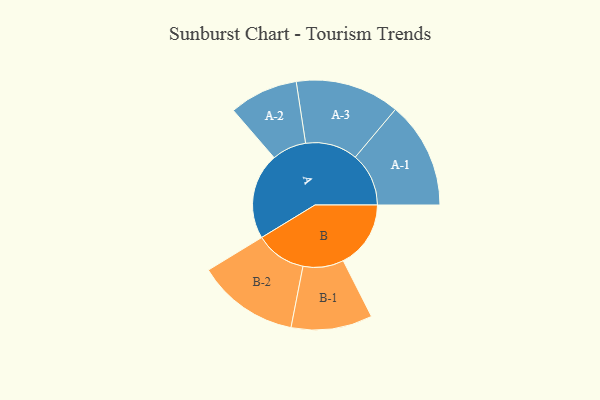
{"axis": {"x": "Segment", "y": "Value"}, "legend": ["", "A", "B"], "data": [{"x": "A", "y": 471, "type": ""}, {"x": "B", "y": 369, "type": ""}, {"x": "A-1", "y": 292, "type": "A"}, {"x": "A-2", "y": 188, "type": "A"}, {"x": "A-3", "y": 285, "type": "A"}, {"x": "B-1", "y": 222, "type": "B"}, {"x": "B-2", "y": 278, "type": "B"}]}